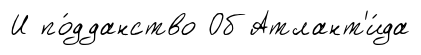
И по́дданство Об Атлант'и́да